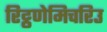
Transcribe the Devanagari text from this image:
रिट्ठणेमिचरिउ